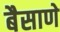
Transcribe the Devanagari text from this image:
बैसाणे